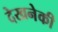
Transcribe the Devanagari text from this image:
देखनेकी